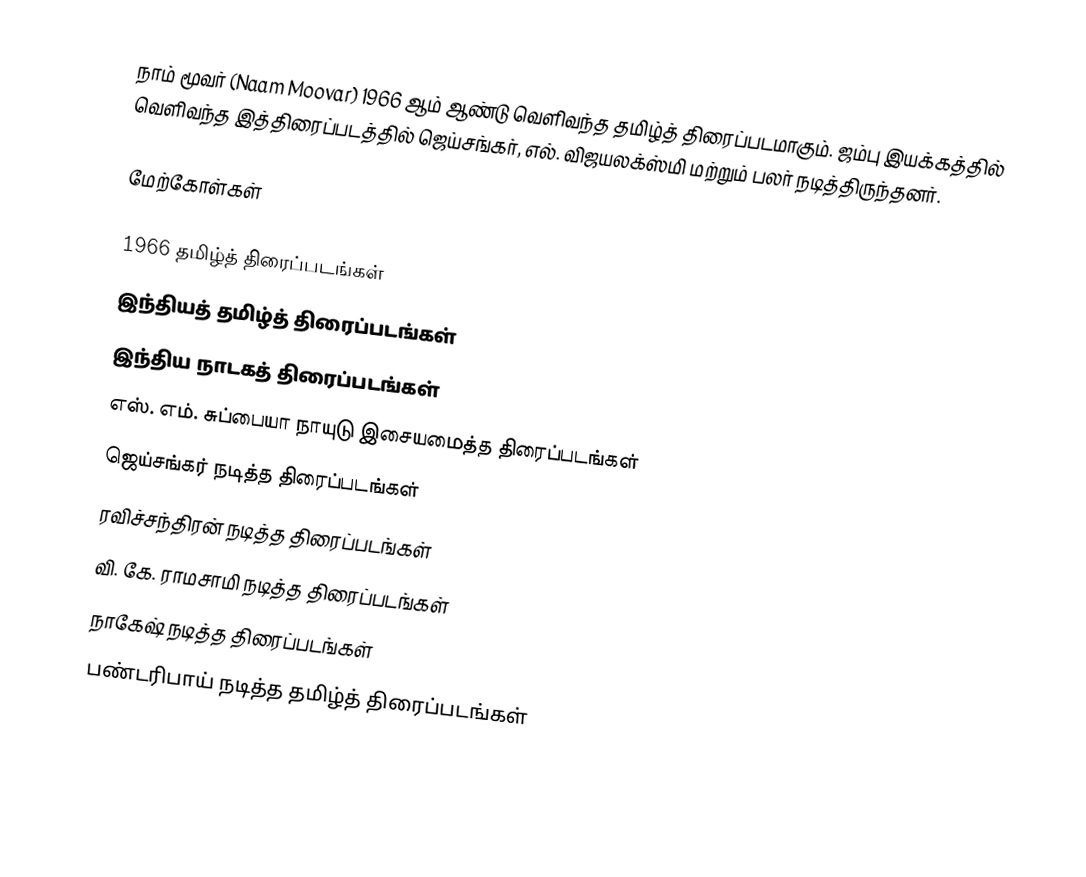
நாம் மூவர் (Naam Moovar) 1966 ஆம் ஆண்டு வெளிவந்த தமிழ்த் திரைப்படமாகும். ஜம்பு இயக்கத்தில் வெளிவந்த இத்திரைப்படத்தில் ஜெய்சங்கர், எல். விஜயலக்ஸ்மி மற்றும் பலர் நடித்திருந்தனர்.

மேற்கோள்கள்

1966 தமிழ்த் திரைப்படங்கள்
இந்தியத் தமிழ்த் திரைப்படங்கள்
இந்திய நாடகத் திரைப்படங்கள்
எஸ். எம். சுப்பையா நாயுடு இசையமைத்த திரைப்படங்கள்
ஜெய்சங்கர் நடித்த திரைப்படங்கள்
ரவிச்சந்திரன் நடித்த திரைப்படங்கள்
வி. கே. ராமசாமி நடித்த திரைப்படங்கள்
நாகேஷ் நடித்த திரைப்படங்கள்
பண்டரிபாய் நடித்த தமிழ்த் திரைப்படங்கள்